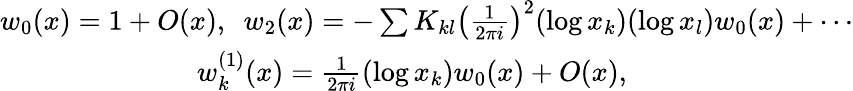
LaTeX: \begin{array}{r}{w_{0}(x)=1+O(x),\, \, \, w_{2}(x)=-\sum K_{kl}\big(\frac{1}{2\pi i}\big)^{2}(\log x_{k})(\log x_{l})w_{0}(x)+\cdots}\\ {w_{k}^{(1)}(x)=\frac{1}{2\pi i}(\log x_{k})w_{0}(x)+O(x),\qquad\qquad\qquad\qquad}\end{array}